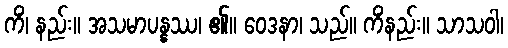
ကိံ၊ နည်း။ အသမာပန္နဿ၊ ၏။ ဝေဒနာ၊ သည်။ ကိံနည်း။ သာသဝါ၊